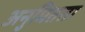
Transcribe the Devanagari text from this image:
अनुमितता